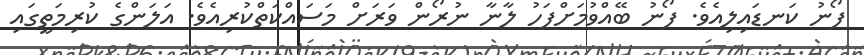
ފޯނު ކަނޑައިލިއެވެ. ފޯނު ބޭއްވުމަށްފަހު ލާނާ ނުރޯން ވަރަށް މަސައްކަތްކުރިއެވެ. އަލަންގެ ކުރިމަތީގައި